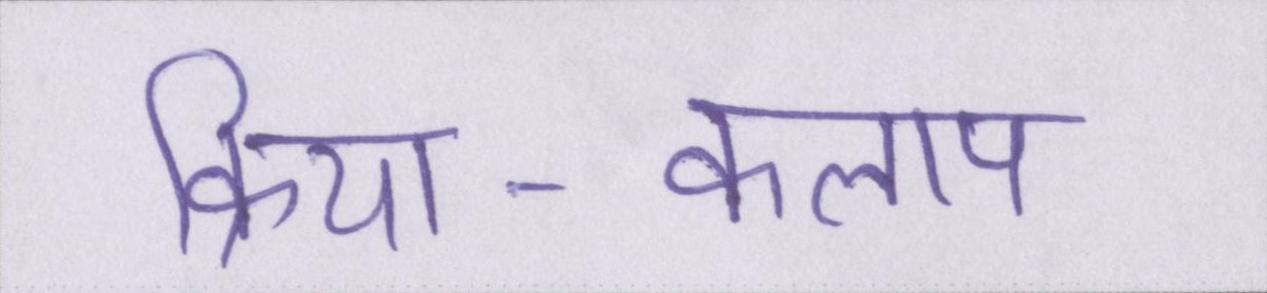
क्रिया-कलाप